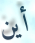
أين